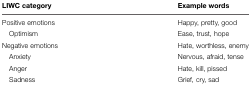
| LIWC category | Example words |
 | --- | --- |
 | Positive emotions | Happy, pretty, good |
 | Optimism | Ease, trust, hope |
 | Negative emotions | Hate, worthless, enemy |
 | Anxiety | Nervous, afraid, tense |
 | Anger | Hate, kill, pissed |
 | Sadness | Grief, cry, sad |